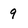
Character: 9